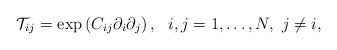
LaTeX: \begin{align*}\mathcal{T}_{ij}=\exp\left(C_{ij}\partial_i\partial_j\right), \ \ i,j=1,\ldots,N, \ j\neq i,\end{align*}